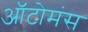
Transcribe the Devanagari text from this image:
ऑटोमंस